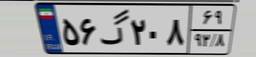
۵۶گ۲۰۸۶۹